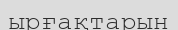
ырғақтарын